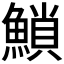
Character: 𩹳